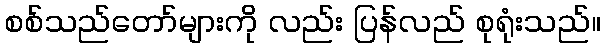
စစ်သည်တော်များကို လည်း ပြန်လည် စုရုံးသည်။